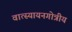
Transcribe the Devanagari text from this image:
वात्स्यायनगोत्रीय